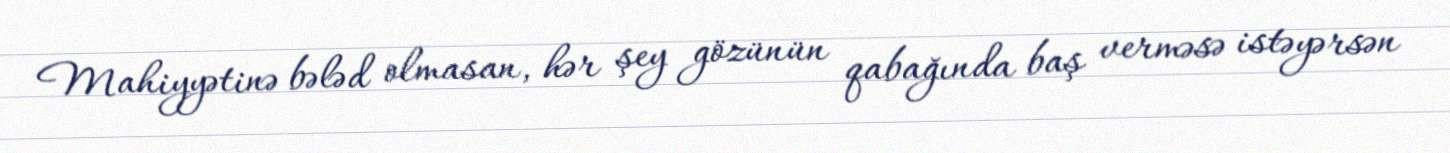
Mahiyyətinə bələd olmasan, hər şey gözünün qabağında baş verməsə istəyərsən